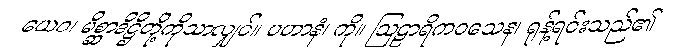
ယေဝ၊ မိစ္ဆာဒိဋ္ဌိတို့ကိုသာလျှင်။ ပဟာနံ၊ ကို။ ဩဠာရိကဝသေန၊ ရုန့်ရင်းသည်၏